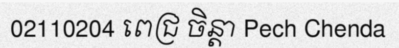
02110204 ពេជ្រ ចិន្តា Pech Chenda